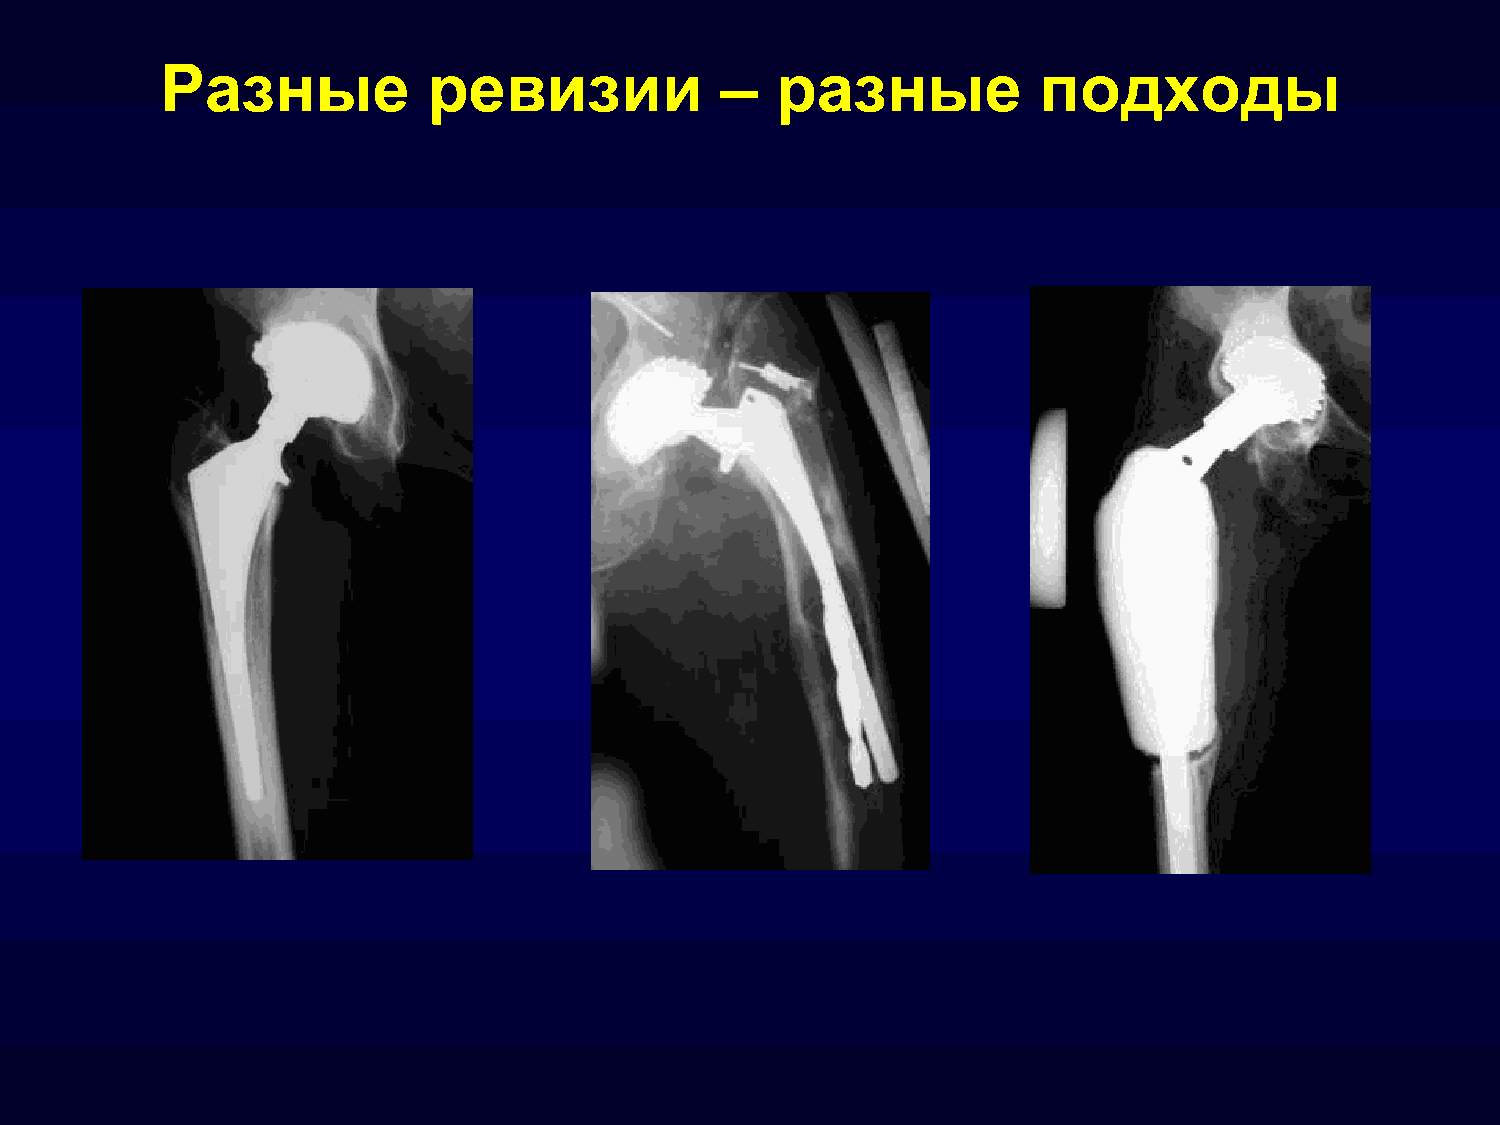
Разные           ревизии             –  разные            подходы